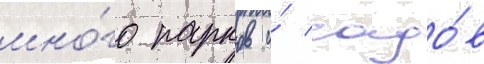
мно́го парков и́ садо́в